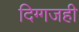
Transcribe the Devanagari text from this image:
दिग्गजही